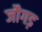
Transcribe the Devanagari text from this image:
जौगड़